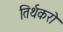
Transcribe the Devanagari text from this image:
तिर्थकरो